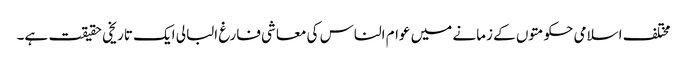
مختلف اسلامی حکومتوں کے زمانے میں عوام الناس کی معاشی فارغ البالی ایک تاریخی حقیقت ہے۔